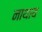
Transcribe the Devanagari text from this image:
नाथाय